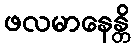
ဖလမာနေန္တိ